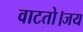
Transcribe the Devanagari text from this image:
वाटतो।जय